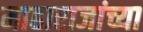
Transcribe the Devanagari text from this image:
माहाराजांच्या